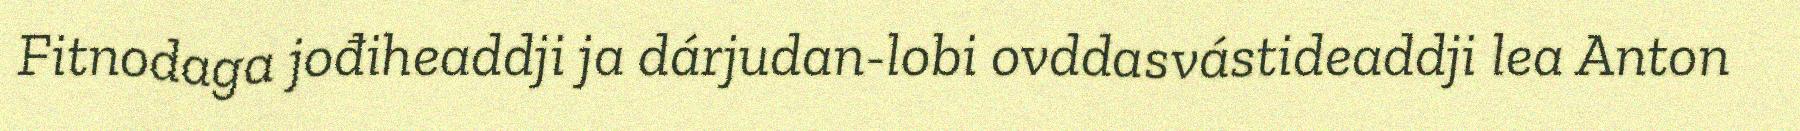
Fitnodaga jođiheaddji ja dárjudan-lobi ovddasvástideaddji lea Anton